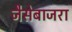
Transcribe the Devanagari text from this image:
जैसेबाजरा